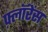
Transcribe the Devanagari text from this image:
फ़्लॉरेंस